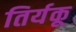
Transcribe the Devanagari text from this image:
तिर्यकू